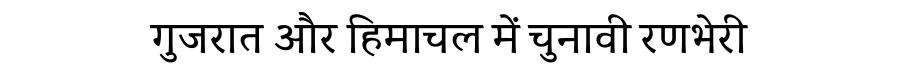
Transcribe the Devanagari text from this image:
गुजरात और हिमाचल में चुनावी रणभेरी